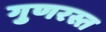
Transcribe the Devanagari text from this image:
गुणरस्त